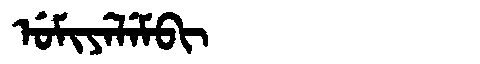
Manchu: ᡠᠮᡳᠶᡝᠯᡝᠮᠪᡳ
Romanization: UMIYELEMBI